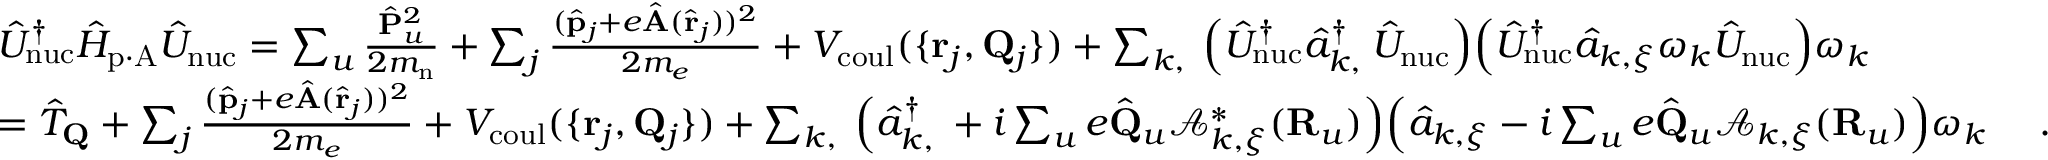
\begin{array} { r l } & { \hat { U } _ { \mathrm { n u c } } ^ { \dagger } \hat { H } _ { \mathrm { p \cdot A } } \hat { U } _ { \mathrm { n u c } } = \sum _ { u } \frac { \hat { \bf P } _ { u } ^ { 2 } } { 2 m _ { \mathrm { n } } } + \sum _ { j } \frac { ( \hat { \bf p } _ { j } + e \hat { \bf A } ( \hat { \bf r } _ { j } ) ) ^ { 2 } } { 2 m _ { e } } + V _ { \mathrm { c o u l } } ( \{ { { \bf r } _ { j } , { \bf Q } _ { j } } \} ) + \sum _ { { \boldsymbol k } , { \bf \xi } } \Big ( \hat { U } _ { \mathrm { n u c } } ^ { \dagger } \hat { a } _ { { \boldsymbol k } , { \bf \xi } } ^ { \dagger } \hat { U } _ { \mathrm { n u c } } \Big ) \Big ( \hat { U } _ { \mathrm { n u c } } ^ { \dagger } \hat { a } _ { { \boldsymbol k } , { \boldsymbol { \xi } } } \omega _ { \boldsymbol k } \hat { U } _ { \mathrm { n u c } } \Big ) \omega _ { \boldsymbol k } } \\ & { = \hat { T } _ { \bf Q } + \sum _ { j } \frac { ( \hat { \bf p } _ { j } + e \hat { \bf A } ( \hat { \bf r } _ { j } ) ) ^ { 2 } } { 2 m _ { e } } + V _ { \mathrm { c o u l } } ( \{ { { \bf r } _ { j } , { \bf Q } _ { j } } \} ) + \sum _ { { \boldsymbol k } , { \bf \xi } } \Big ( \hat { a } _ { { \boldsymbol k } , { \bf \xi } } ^ { \dagger } + i \sum _ { u } e \hat { \bf Q } _ { u } \mathcal { A } _ { { \boldsymbol k } , { \boldsymbol \xi } } ^ { * } ( { \bf R } _ { u } ) \Big ) \Big ( \hat { a } _ { { \boldsymbol k } , { \boldsymbol { \xi } } } - i \sum _ { u } e \hat { \bf Q } _ { u } \mathcal { A } _ { { \boldsymbol k } , { \boldsymbol \xi } } ( { \bf R } _ { u } ) \Big ) \omega _ { \boldsymbol k } ~ ~ ~ ~ . } \end{array}